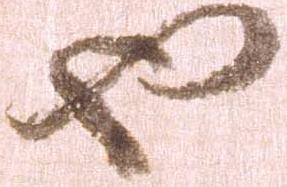
也